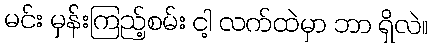
မင်း မှန်းကြည့်စမ်း ငါ့ လက်ထဲမှာ ဘာ ရှိလဲ။